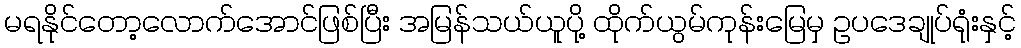
မရနိုင်တော့လောက်အောင်ဖြစ်ပြီး အမြန်သယ်ယူပို့ ထိုက်ယွမ်ကုန်းမြေမှ ဥပဒေချုပ်ရုံးနှင့်